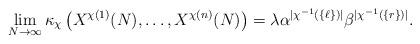
LaTeX: \begin{align*}\lim_{N \to \infty} \kappa_\chi\left(X^{\chi(1)}(N), \ldots, X^{\chi(n)}(N)\right) = \lambda \alpha^{|\chi^{-1}(\{\ell\})|} \beta^{|\chi^{-1}(\{r\})|}.\end{align*}